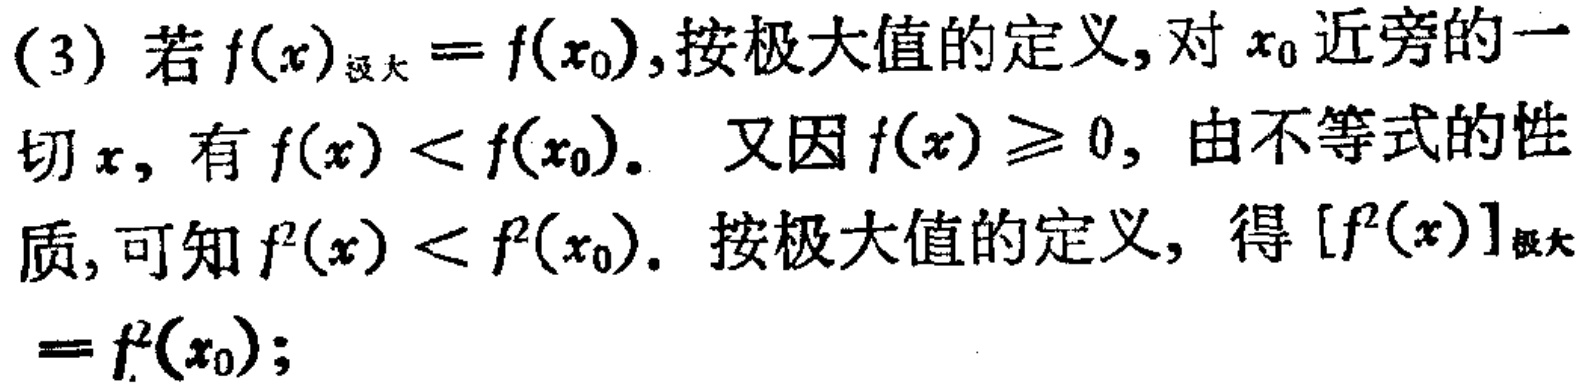
(3) 若$f(x)_{极大}=f(x_{0})$,按极大值的定义,对$x_{0}$近旁的一切$x$, 有$f(x)<f(x_{0})$. 又因$f(x)\geq0$, 由不等式的性质,可知$f^{2}(x)<f^{2}(x_{0})$. 按极大值的定义, 得$[f^{2}(x)]_{极大}=f^{2}(x_{0})$;